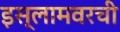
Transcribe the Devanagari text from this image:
इस्लामवरची